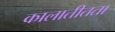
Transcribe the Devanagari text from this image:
कालातीतता